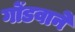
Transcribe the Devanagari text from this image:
गोंडवाने